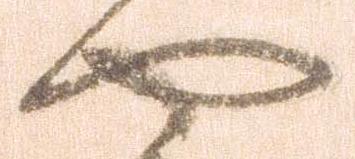
や